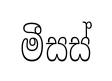
මීසස්